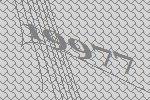
19977